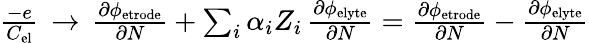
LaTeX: \begin{array}{r}{\frac{-e}{C_{\mathrm{el}}}\, \rightarrow\, \frac{\partial\phi_{\mathrm{etrode}}}{\partial N}+\sum_{i}\alpha_{i}Z_{i}\, \frac{\partial\phi_{\mathrm{elyte}}}{\partial N}=\frac{\partial\phi_{\mathrm{etrode}}}{\partial N}-\frac{\partial\phi_{\mathrm{elyte}}}{\partial N}}\end{array}